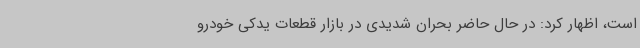
است، اظهار کرد: در حال حاضر بحران شدیدی در بازار قطعات یدکی خودرو